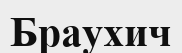
Браухич